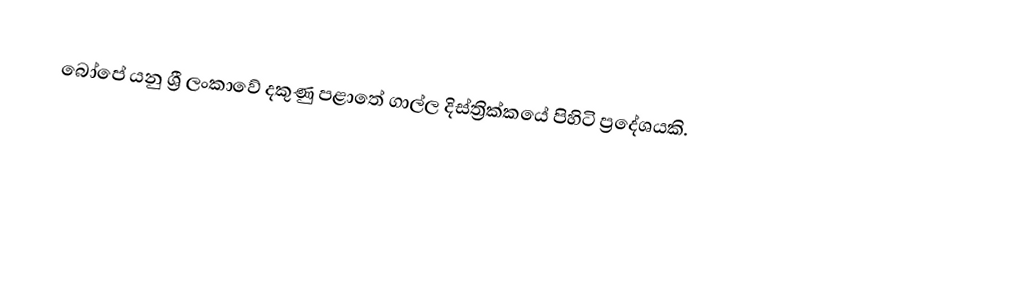
බෝපේ යනු ශ්‍රී ලංකාවේ දකුණු පළාතේ	 ගාල්ල දිස්ත්‍රික්කයේ	පිහිටි ප්‍රදේශයකි.